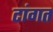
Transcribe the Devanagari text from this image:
टांगत